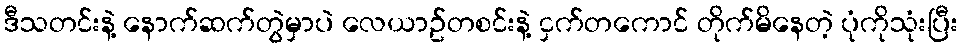
ဒီသတင်းနဲ့ နောက်ဆက်တွဲမှာပဲ လေယာဥ်တစင်းနဲ့ ငှက်တကောင် တိုက်မိနေတဲ့ ပုံကိုသုံးပြီး